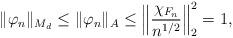
LaTeX: \begin{align*}\|\varphi_n\|_{M_d}\leq \|\varphi_n\|_{A} \leq \left \|\dfrac{\chi_{F_n}}{n^{1/2}}\right \|^2_2= 1,\end{align*}